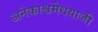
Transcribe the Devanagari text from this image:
अनेकाश्वमेधयाजी